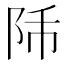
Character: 𨸴